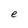
Character: e